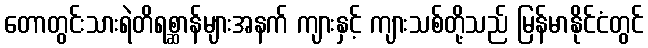
တောတွင်းသားရဲတိရစ္ဆာန်များအနက် ကျားနှင့် ကျားသစ်တို့သည် မြန်မာနိုင်ငံတွင်